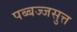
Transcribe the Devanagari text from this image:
पब्बज्जसुत्त